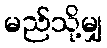
မည်သို့မျှ